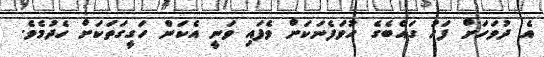
އެ ދުވަހަށް ފަހު ގައްބެގެ ހުވަފެނަކަށް ވެފައި ވަނީ އެކަން ހަގީގަތަކަށް ހެދުމެވެ.